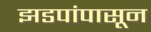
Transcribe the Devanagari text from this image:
झडपांपासून